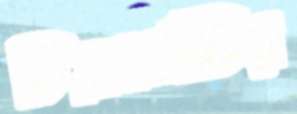
চিত্রকর্মটির